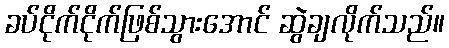
ခပ်ငိုက်ငိုက်ဖြစ်သွားအောင် ဆွဲချလိုက်သည်။